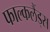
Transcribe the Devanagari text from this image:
फाल्कलैंड्स